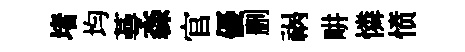
堵均蕚森官優删祸畊憐愤